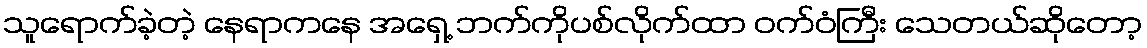
သူရောက်ခဲ့တဲ့ နေရာကနေ အရှေ့ ဘက်ကိုပစ်လိုက်ထာ ဝက်ဝံကြီး သေတယ်ဆိုတော့